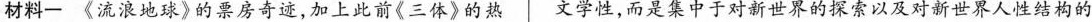
材料一《流浪地球》的票房奇迹，加上此前《三体》的然文学性，而是集中于对新世界的探帝以及对新世界人性结构的